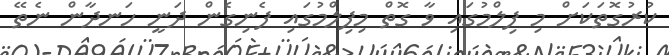
ކުރުގޮތަކަށް މި ފިލްމުގައި ވާ ގޮތް މިފިލްމުގައި ފެނިގެން ދަނީ ހަނދާން ނެތޭ